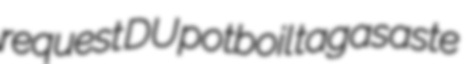
request DU potboil tagasaste